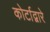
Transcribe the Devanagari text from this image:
कोर्टाद्वारे